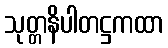
သုတ္တနိပါတဋ္ဌကထာ